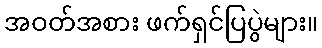
အဝတ်အစား ဖက်ရှင်ပြပွဲများ။